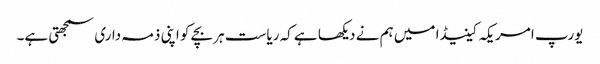
یورپ امریکہ کینیڈا میں ہم نے دیکھا ہے کہ ریاست ہر بچے کو اپنی ذمہ داری سمجھتی ہے۔